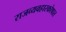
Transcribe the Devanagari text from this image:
राजव्यवहारकोषात